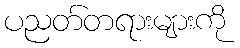
ပညတ်တရားများကို